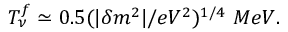
T _ { \nu } ^ { f } \simeq 0 . 5 ( | \delta m ^ { 2 } | / e V ^ { 2 } ) ^ { 1 / 4 } \ M e V .